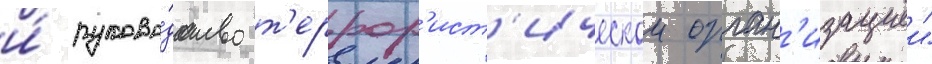
и́ руково́дство т'еррор'ист'ическои орган'изациеи"